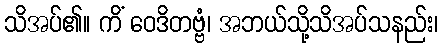
သိအပ်၏။ ကိံ ဝေဒိတဗ္ဗံ၊ အဘယ်သို့သိအပ်သနည်း၊